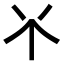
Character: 𫢊